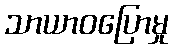
သာယာဝပြောမှု